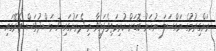
ރަށްގިރުމުގެ މައްސަލަ ނުހަނު ބޮޑަށް ކުރިމަތިވެފައިވާ މި ދެރަށުގައި 7 މަސްދުވަސް ތެރޭގައި